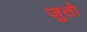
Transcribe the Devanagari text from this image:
जुतो